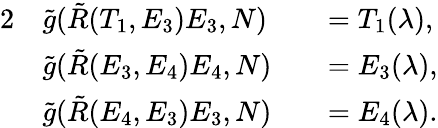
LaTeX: \begin{array}{rlrl}{{2}}&{\tilde{g}(\tilde{R}(T_{1},E_{3})E_{3},N)}&&{=T_{1}(\lambda),}\\ &{\tilde{g}(\tilde{R}(E_{3},E_{4})E_{4},N)}&&{=E_{3}(\lambda),}\\ &{\tilde{g}(\tilde{R}(E_{4},E_{3})E_{3},N)}&&{=E_{4}(\lambda).}\end{array}